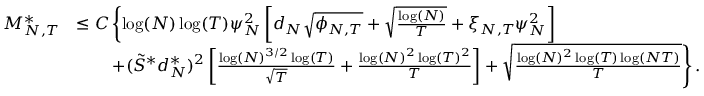
\begin{array} { r l } { { M _ { N , T } ^ { * } } } & { \leq C \left\lbrace \log ( N ) \log ( T ) \psi _ { N } ^ { 2 } \left[ d _ { N } \sqrt { \phi _ { N , T } } + \sqrt { \frac { \log ( N ) } { T } } + \xi _ { N , T } \psi _ { N } ^ { 2 } \right] \right. } \\ & { \left. \qquad + ( \tilde { S } ^ { * } d _ { N } ^ { * } ) ^ { 2 } \left[ \frac { \log ( N ) ^ { 3 / 2 } \log ( T ) } { \sqrt { T } } + \frac { \log ( N ) ^ { 2 } \log ( T ) ^ { 2 } } { T } \right] + \sqrt { \frac { \log ( N ) ^ { 2 } \log ( T ) \log ( N T ) } { T } } \right\rbrace . } \end{array}